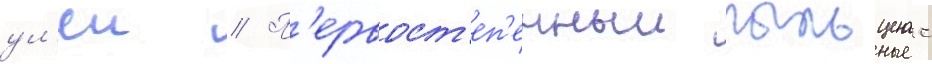
ул'еи // П'ервост'еп'енныи пыльценос